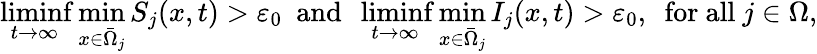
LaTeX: \operatorname*{liminf}_{t\to\infty}\operatorname*{min}_{x\in\bar{\Omega}_{j}}S_{j}(x,t)>\varepsilon_{0}\ \ \mathrm{and}\ \ \operatorname*{liminf}_{t\to\infty}\operatorname*{min}_{x\in\bar{\Omega}_{j}}I_{j}(x,t)>\varepsilon_{0},\ \ \mathrm{for~all~}j\in\Omega,